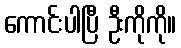
ကောင်းပါပြီ ဦးကိုကို။